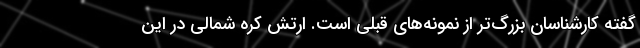
گفته کارشناسان بزرگ‌تر از نمونه‌های قبلی است. ارتش کره شمالی در این